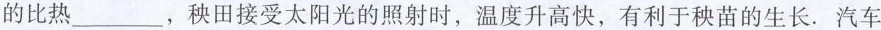
的比热___，秧田接受太阳光的照射时，温度升高快，有利于秧苗的生长。汽车